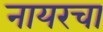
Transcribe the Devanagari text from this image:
नायरचा